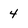
Character: 4